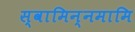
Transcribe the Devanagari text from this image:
स्वामिन्नमामि